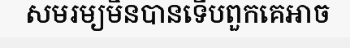
សមរម្យមិនបានទើបពួកគេអាច